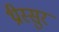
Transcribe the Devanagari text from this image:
थ्रीस्सुर